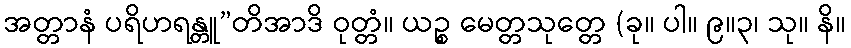
အတ္တာနံ ပရိဟရန္တူ”တိအာဒိ ဝုတ္တံ။ ယဉ္စ မေတ္တသုတ္တေ (ခု။ ပါ။ ၉။၃၊ သု။ နိ။